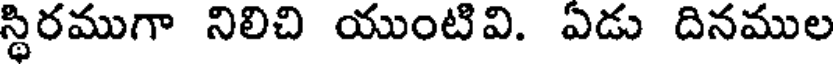
స్థిరముగా నిలిచి యుంటివి. ఏడు దినముల